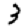
Digit: 3